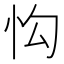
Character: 𢗕